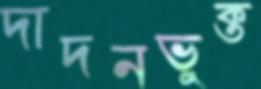
দাদনভুক্ত